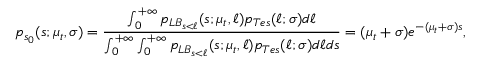
p _ { s _ { 0 } } ( s ; \mu _ { t } , \sigma ) = \frac { \int _ { 0 } ^ { + \infty } p _ { L B _ { s < \ell } } ( s ; \mu _ { t } , \ell ) p _ { T e s } ( \ell ; \sigma ) d \ell } { \int _ { 0 } ^ { + \infty } \int _ { 0 } ^ { + \infty } p _ { L B _ { s < \ell } } ( s ; \mu _ { t } , \ell ) p _ { T e s } ( \ell ; \sigma ) d \ell d s } = ( \mu _ { t } + \sigma ) e ^ { - ( \mu _ { t } + \sigma ) s } ,